Report of the Hyderabad Chloroform Commission
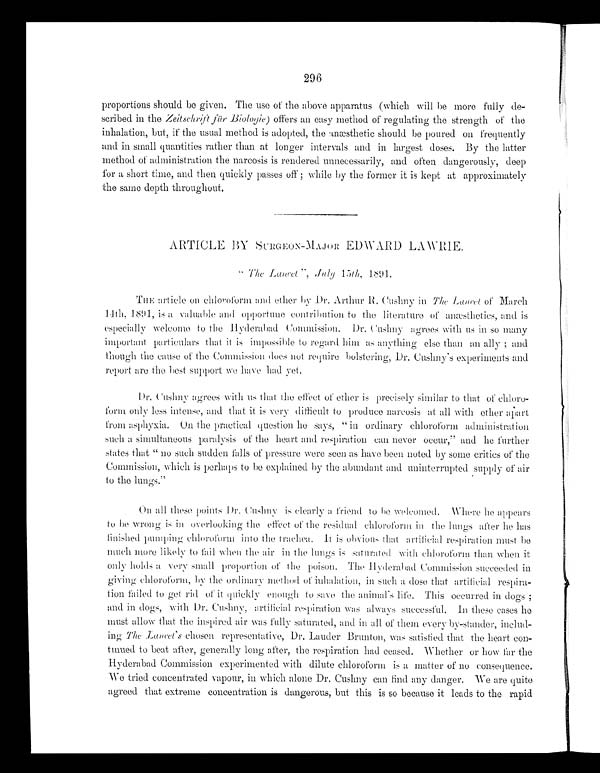
296
proportions should be given. The use of the above apparatus (which will be more fully de
- s c r i b e d i n t h e
Z e i t s c h r i f t f ü r B i o l o g i e )
o f f e r s a n e a s y m e t h o d o f r e g u l a t i n g t h e s t r e n g t h o f t h e
inhalation, but, if the usual method is adopted, the anæsthetic should be poured on frequently
and in small quantities rather than at longer intervals and in largest doses. By the latter
method of administration the narcosis is rendered unnecessarily, and often dangerously, deep
for a short time, and then quickly passes off; while by the former it is kept at approximately
the same depth throughout.
ARTICLE BY SURGEON-MAJOR EDWARD LAWRIE.
"
The Lancet ", July 15th 1891.
THE article on chloroform and ether by Dr. Arthur R. Cushny in The Lancet of
M a r c h 1 4 t h , 1 8 9 1 , i s a v a l u a b l e a n d o p p o r t u n e c o n t r i b u t i o n t o t h e l i t e r a t u r e o f a n æ s t h e t i c s , a n d i s
especially welcome to the Hyderabad Commission. Dr. Cushny agrees with us in so many
important particulars that it is impossible to regard him as anything else than an ally; and
though the cause of the Commission does not require bolstering, Dr. Cushny's experiments and
report are the best support we have had yet.
Dr. Cushny agrees with us that the effect of ether is precisely similar to that of chloro
-form only less intense, and that it is very difficult to produce narcosis at all with ether apart
from asphyxia. On the practical question he says, "in ordinary chloroform administration
such a simultaneous paralysis of the heart and respiration can never occur," and he further
states that "no such sudden falls of pressure were seen as have been noted by some critics of the
Commission, which is perhaps to he explained by the abundant and uninterrupted supply of air
to the lungs."
On all those points Dr. Cushny is clearly a friend to be welcomed. Where he appears
to be wrong is in overlooking the effect of the residual chloroform in the lungs after he has
finished pumping chloroform into the trachea. It is obvious that artificial respiration must be
much more likely to fail when the air in the lungs is saturated with chloroform than when it
only holds a very small proportion of the poison. The Hyderabad Commission succeeded in
giving chloroform, by the ordinary method of inhalation, in such a dose that artificial respira
- t i o n f a i l e d t o g e t r i d o f i t q u i c k l y e n o u g h t o s a v e t h e a n i m a l ' s l i f e . T h i s o c c u r r e d i n d o g s ;
and in dogs, with Dr. Cushny, artificial respiration was always successful. In these cases he
must allow that the inspired air was fully saturated, and in all of them every by-stander, includ
- i n g
T h e
L a n c e t ' s
chosen representative, Dr. Lauder Brunton, was satisfied that the heart con
- t i n u e d t o b e a t a f t e r , g e n e r a l l y l o n g a f t e r , t h e r e s p i r a t i o n h a d c e a s e d . W h e t h e r o r h o w f a r t h e
Hyderabad Commission experimented with dilute chloroform is a matter of no consequence.
We tried concentrated vapour, in which alone Dr. Cushny can find any danger. We are quite
agreed that extreme concentration is dangerous, but this is so because it leads to the rapid